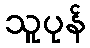
သူပုန်